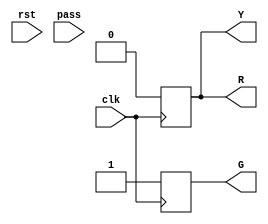
module traffic_light (
    input  clk,
    input  rst,
    input  pass,
    output reg R,
    output reg G,
    output reg Y
);
	reg [9:0] cycle;
	reg [2:0] state;
	reg state_count;
	parameter initial_state = 3'd0;
	parameter nosignal = 3'd1;
	parameter green = 3'd2;
	parameter yellow = 3'd3;
	parameter red = 3'd4;
	initial
		begin
			cycle <= 10'd0;
			state <= initial_state;
			state_count <= 1'b0;
			R<=1'b0;
			G<=1'b0;
			Y<=1'b0;			
		end
	always@(posedge clk)
		begin
			if(pass == 1'b1)
				begin
					if(state != initial_state)
						begin
							cycle = 10'd0;
							state = initial_state;
							state_count = 1'b0;
						end	
					else
						begin
							cycle = cycle + 10'd1;
						end
				end
			else
				begin
					if(rst == 1'b0)
						begin
							cycle = cycle + 10'd1;
						end
					if(cycle == 10'd512 && state == initial_state)
						begin
							cycle = 10'd0;
							state = nosignal;
						end
					else if(cycle == 10'd64 && state == nosignal)
						begin
							cycle = 10'd0;
							state = green;
						end
					else if(cycle == 10'd64 && state == green)
						begin
							cycle = 10'd0;
							if(state_count == 1'b0)
								begin
									state = nosignal;
								end
							else
								begin
									state = yellow;
								end
							state_count = state_count + 1'b1;
						end
					else if(cycle == 10'd256 && state == yellow)
						begin
							cycle = 10'd0;
							state = red;
						end
					else if(cycle == 10'd512 && state == red)
						begin	
							cycle = 10'd0;
							state = initial_state;
						end
				end						
		end
	always@(posedge clk)
	  begin
	   case(state)
	       green,initial_state:
	          begin
	           Y=1'b0;
	           G=1'b1;
	           R=1'b0;
	          end
	       red:
	          begin
	           Y=1'b0;
	           G=1'b0;
	           R=1'b1;
	          end
	       yellow:
	          begin
	           Y=1'b1;
	           G=1'b0;
	           R=1'b0;
	          end
	       default:
	          begin
	            Y=1'b0;
	            G=1'b0;
	            R=1'b0;
	          end
	     endcase
	  end
	always@(posedge rst)
		begin
			cycle <= 10'd0;
			state <= initial_state;
			state_count <= 1'b0;
		end
endmodule